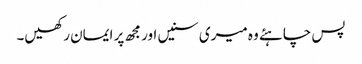
پس چاہئے وہ میری سنیں اور مجھ پر ایمان رکھیں۔